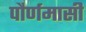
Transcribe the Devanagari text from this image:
पौर्णमासी